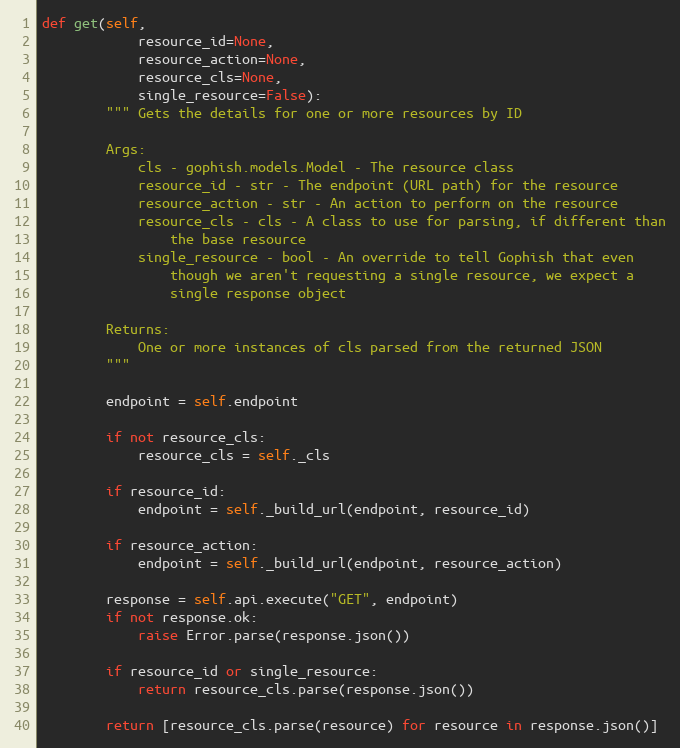
Language: Python
def get(self,
            resource_id=None,
            resource_action=None,
            resource_cls=None,
            single_resource=False):
        """ Gets the details for one or more resources by ID

        Args:
            cls - gophish.models.Model - The resource class
            resource_id - str - The endpoint (URL path) for the resource
            resource_action - str - An action to perform on the resource
            resource_cls - cls - A class to use for parsing, if different than
                the base resource
            single_resource - bool - An override to tell Gophish that even
                though we aren't requesting a single resource, we expect a
                single response object

        Returns:
            One or more instances of cls parsed from the returned JSON
        """

        endpoint = self.endpoint

        if not resource_cls:
            resource_cls = self._cls

        if resource_id:
            endpoint = self._build_url(endpoint, resource_id)

        if resource_action:
            endpoint = self._build_url(endpoint, resource_action)

        response = self.api.execute("GET", endpoint)
        if not response.ok:
            raise Error.parse(response.json())

        if resource_id or single_resource:
            return resource_cls.parse(response.json())

        return [resource_cls.parse(resource) for resource in response.json()]